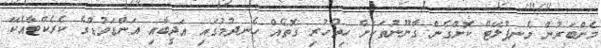
މެންބަރުން މެނިޕުލޭޓް ކޮށްގެން ގާނޫނުތަކަށް ހިތުހުރި ގޮތެއް ހެނދުމުގައި އަދީބާއި އަންޑަވުޑްގެ ކެރެކްޓާއެކޭ